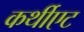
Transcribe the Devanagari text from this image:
कर्थीएट